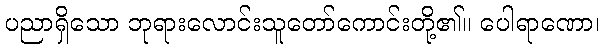
ပညာရှိသော ဘုရားလောင်းသူတော်ကောင်းတို့၏။ ပေါရာဏော၊